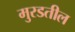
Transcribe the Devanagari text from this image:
मुरडतील